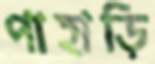
পাহাড়ি